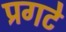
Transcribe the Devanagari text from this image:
प्रगटे